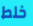
خلط